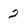
Character: 2